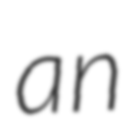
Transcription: an